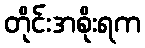
တိုင်းအစိုးရက